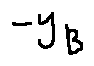
- y _ { B }